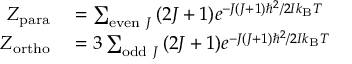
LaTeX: \begin{array} { r l } { Z _ { \mathrm { p a r a } } } & { { } = \sum _ { { \mathrm { e v e n ~ } } J } { ( 2 J + 1 ) e ^ { { - J ( J + 1 ) \hbar ^ { 2 } } / { 2 I k _ { \mathrm { B } } T } \; } } } \\ { Z _ { \mathrm { o r t h o } } } & { { } = 3 \sum _ { { \mathrm { o d d ~ } } J } { ( 2 J + 1 ) e ^ { { - J ( J + 1 ) \hbar ^ { 2 } } / { 2 I k _ { \mathrm { B } } T } \; } } } \end{array}